Vaccination United Provinces of Agra and Oudh 1914-1922 - 1914-1922
Year: 1914
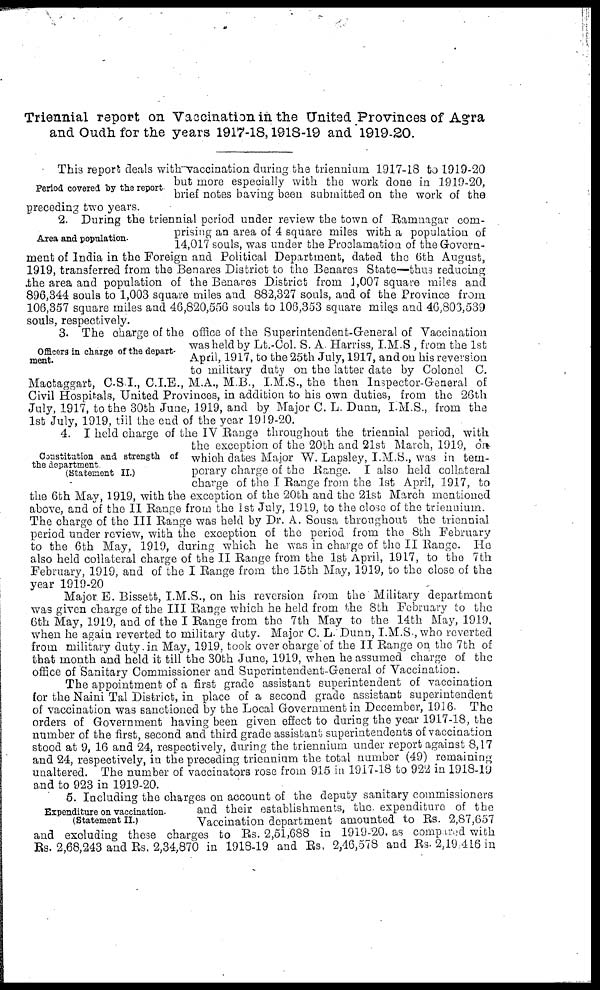
Triennial report on Vaccination in the United Provinces of Agra
and Oudh for the years 1917-18, 1918-19 and 1919-20.
Period covered by the report
This report deals with vaccination during the triennium 1917-18 to 1919-20
but more especially with the work done in 1919-20,
brief notes having been submitted on the work of the
preceding two years.
Area and population.
2. During the triennial period under review the town of Ramnagar com-
prising an area of 4 square miles with a population of
14,017 souls, was under the Proclamation of the Govern-
ment of India in the Foreign and Political Department, dated the 6th August,
1919, transferred from the Benares District to the Benares State—thus reducing
the area and population of the Benares District from 1,007 square miles and
896,344 souls to 1,003 square miles and 882,327 souls, and of the Province from
106,357 square miles and 46,820,556 souls to 106,353 square miles and 46,806,539
souls, respectively.
Officers in charge of the depart-
ment.
3. The charge of the office of the Superintendent-General of Vaccination
was held by Lt.-Col. S. A Harriss, I.M.S , from the 1st
April, 1917, to the 25th July, 1917, and on his reversion
to military duty on the latter date by Colonel C.
Mactaggart, C.S.I., C.I.E., M.A., M.B., I.M.S., the then Inspector-General of
Civil Hospitals, United Provinces, in addition to his own duties, from the 26th
July, 1917, to the 30th June, 1919, and by Major C. L. Dunn, I.M.S., from the
1st July, 1919, till the end of the year 1919-20.
Constitution and strength of
the department.
(Statement II.)
4. I held charge of the IV Range throughout the triennial period, with
the exception of the 20th and 21st March, 1919, on
which dates Major W. Lapsley, I.M.S., was in tem-
porary charge of the Range. I also held collateral
charge of the I Range from the 1st April, 1917, to
the 6th May, 1919, with the exception of the 20th and the 21st March mentioned
above, and of the II Range from the 1st July, 1919, to the close of the triennium.
The charge of the III Range was held by Dr. A. Sousa throughout the triennial
period under review, with the exception of the period from the 8th February
to the 6th May, 1919, during which he was in charge of the II Range. He
also held collateral charge of the II Range from the 1st April, 1917, to the 7th
February, 1919, and of the I Range from the 15th May, 1919, to the close of the
year 1919-20
Major E. Bissett, I.M.S., on his reversion from the Military department
was given charge of the III Range which he held from the 8th February to the
6th May, 1919, and of the I Range from the 7th May to the 14th May, 1919,
when he again reverted to military duty. Major C. L. Dunn, I.M.S., who reverted
from military duty in May, 1919, took over charge of the II Range on the 7th of
that month and held it till the 30th June, 1919, when he assumed charge of the
office of Sanitary Commissioner and Superintendent-General of Vaccination.
The appointment of a first grade assistant superintendent of vaccination
for the Naini Tal District, in place of a second grade assistant superintendent
of vaccination was sanctioned by the Local Government in December, 1916. The
orders of Government having been given effect to during the year 1917-18, the
number of the first, second and third grade assistant superintendents of vaccination
stood at 9, 16 and 24, respectively, during the triennium under report against 8,17
and 24, respectively, in the preceding triennium the total number (49) remaining
unaltered. The number of vaccinators rose from 915 in 1917-18 to 922 in 1918-19
and to 923 in 1919-20.
Expenditure on vaccination.
(Statement II.)
5. Including the charges on account of the deputy sanitary commissioners
and their establishments, the expenditure of the
Vaccination department amounted to Rs. 2,87,657
and excluding these charges to Rs. 2,51,688 in 1919-20, as compared with
Rs. 2,68,243 and Rs. 2,34,870 in 1918-19 and Rs. 2,46,578 and Rs. 2,19,416 in